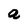
Character: a